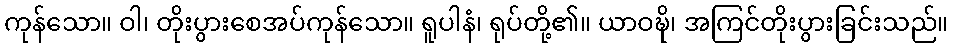
ကုန်သော။ ဝါ၊ တိုးပွားစေအပ်ကုန်သော။ ရူပါနံ၊ ရုပ်တို့၏။ ယာဝဍ္ဎိ၊ အကြင်တိုးပွားခြင်းသည်။